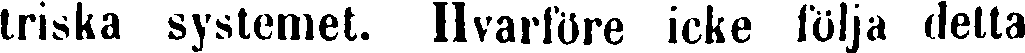
triska systemet. Hvårföre icke följa detta